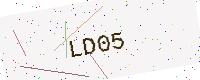
Text: LD05